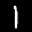
Label: 1